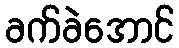
ခက်ခဲအောင်